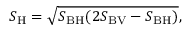
S _ { \mathrm { H } } = \sqrt { S _ { \mathrm { B H } } ( 2 S _ { \mathrm { B V } } - S _ { \mathrm { B H } } ) } ,